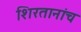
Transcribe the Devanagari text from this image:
शिरतानांच